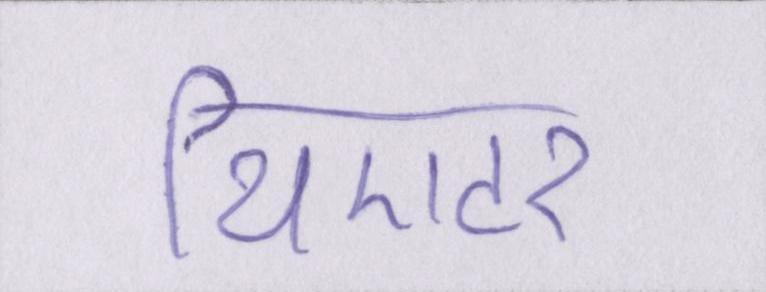
थिएटर